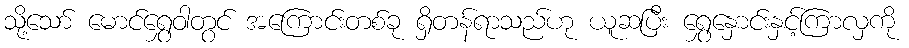
သို့သော် မောင်ရွှေဝါတွင် အကြောင်းတစ်ခု ရှိတန်ရာသည်ဟု ယူဆပြီး ရွှေနှောင်းနှင့်ကြာလှကို